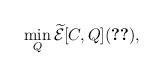
LaTeX: \begin{align*} \min_{Q} \widetilde{\mathcal{E}}[C,Q] \eqref{linearC}, \end{align*}